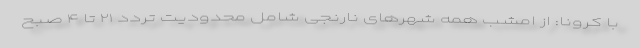
با کرونا: از امشب همه شهرهای نارنجی شامل محدودیت تردد ۲۱ تا ۴ صبح